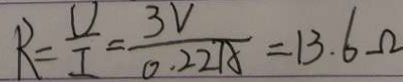
R = \frac { U } { I } = \frac { 3 V } { 0 . 2 2 A } = 1 3 . 6 \Omega